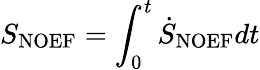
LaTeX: S_{\mathrm{{NOEF}}}=\int_{0}^{t}\dot{S}_{\mathrm{{NOEF}}}dt